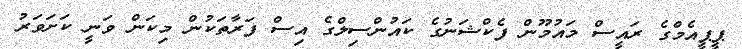
ޕީޕީއެމްގެ ރައީސް މައުމޫން ފެކްޝަނުގެ ކައުންސިލްގެ އިސް ފަރާތަކުން މިކަން ވަނީ ކަށަވަރު